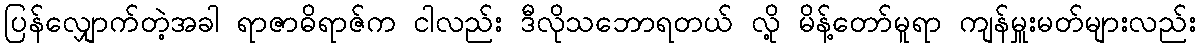
ပြန်လျှောက်တဲ့အခါ ရာဇာဓိရာဇ်က ငါလည်း ဒီလိုသဘောရတယ် လို့ မိန့်တော်မူရာ ကျန်မှူးမတ်များလည်း